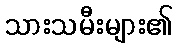
သားသမီးများ၏